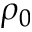
\rho _ { 0 }